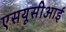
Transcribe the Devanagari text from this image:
एसयूसीआई